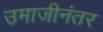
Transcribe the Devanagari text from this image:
उमाजीनंतर